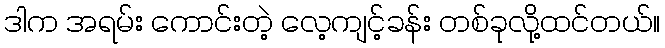
ဒါက အရမ်း ကောင်းတဲ့ လေ့ကျင့်ခန်း တစ်ခုလို့ထင်တယ်။